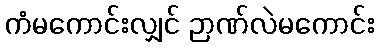
ကံမကောင်းလျှင် ဉာဏ်လဲမကောင်း